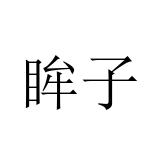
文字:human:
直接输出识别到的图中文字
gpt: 眸子